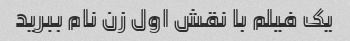
یک فیلم با نقش اول زن نام ببرید